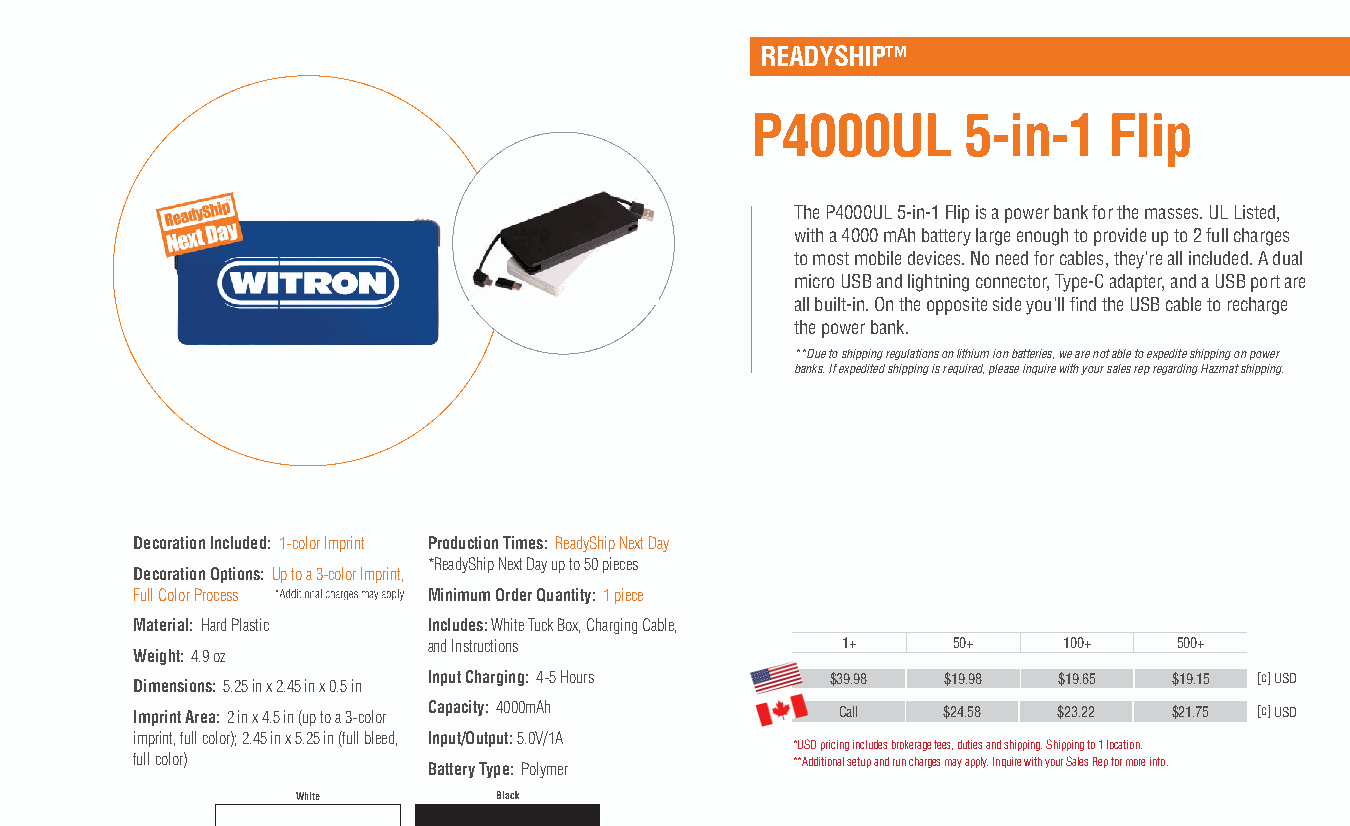
READYSHIP™
 P4000UL       5-in-1   Flip
 The P4000UL 5-in-1 Flip is a power bank for the masses. UL Listed,
 with a 4000 mAh battery large enough to provide up to 2 full charges
 to most mobile devices. No need for cables, they're all included. A dual
 micro USB and lightning connector, Type-C adapter, and a USB port are
 all built-in. On the opposite side you'll find the USB cable to recharge
 the power bank.
 **Due to shipping regulations on lithium ion batteries, we are not able to expedite shipping on power
 banks. If expedited shipping is required, please inquire with your sales rep regarding Hazmat shipping.
 Decoration Included: 1-color Imprint Production Times: ReadyShip Next Day
 *ReadyShip Next Day up to 50 pieces
 Decoration Options: Up to a 3-color Imprint,
 Full Color Process Minimum Order Quantity: 1 piece
 Material: Hard Plastic Includes: White Tuck Box, Charging Cable,
 and Instructions            1+     50+    100+    500+
 Weight: 4.9 oz
 Input Charging: 4-5 Hours  $39.98  $19.98 $19.65  $19.15 [c] USD
 Dimensions: 5.25 in x 2.45 in x 0.5 in
 Imprint Area: 2 in x 4.5 in (up to a 3-color Capacity: 4000mAh Call $24.58 $23.22 $21.75 [c] USD
 imprint, full color); 2.45 in x 5.25 in (full bleed, Input/Output: 5.0V/1A
 *USD pricing includes brokerage fees, duties and shipping. Shipping to 1 location.
 full color)        Battery Type: Polymer   **Additional setup and run charges may apply. Inquire with your Sales Rep for more info.
 White        Black